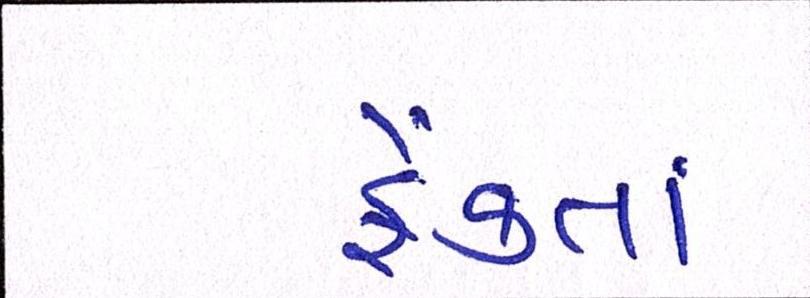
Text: ફેંકતાં